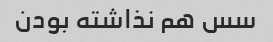
سس هم نذاشته بودن